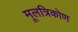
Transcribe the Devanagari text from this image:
मूलत्रिकोण